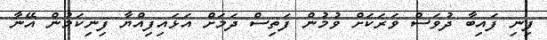
ފިނި ފައިބާ ދުވަސް ވަރަކަށް ވުމުން ފަތިސް ދަމަށް އަޅައިފިއްޔާ ފިނިކަމުން އޭނާ